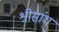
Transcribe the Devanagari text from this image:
श्रीसांथ